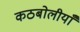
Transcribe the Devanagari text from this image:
कठबोलीयाँ